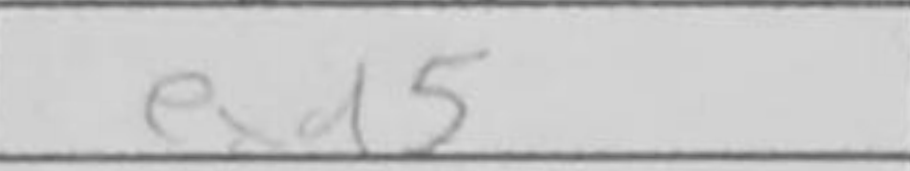
Transcription: exd5